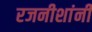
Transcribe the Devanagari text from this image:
रजनीशांनी